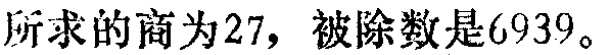
所求的商为$27$，被除数是$6939$。